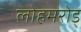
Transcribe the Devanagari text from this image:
लोहमरोड्